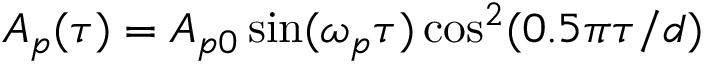
A _ { p } ( \tau ) = A _ { p 0 } \sin ( \omega _ { p } \tau ) \cos ^ { 2 } ( 0 . 5 \pi \tau / d )